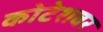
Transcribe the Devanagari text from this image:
कोटेशवर